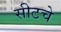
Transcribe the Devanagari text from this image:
सीटचे